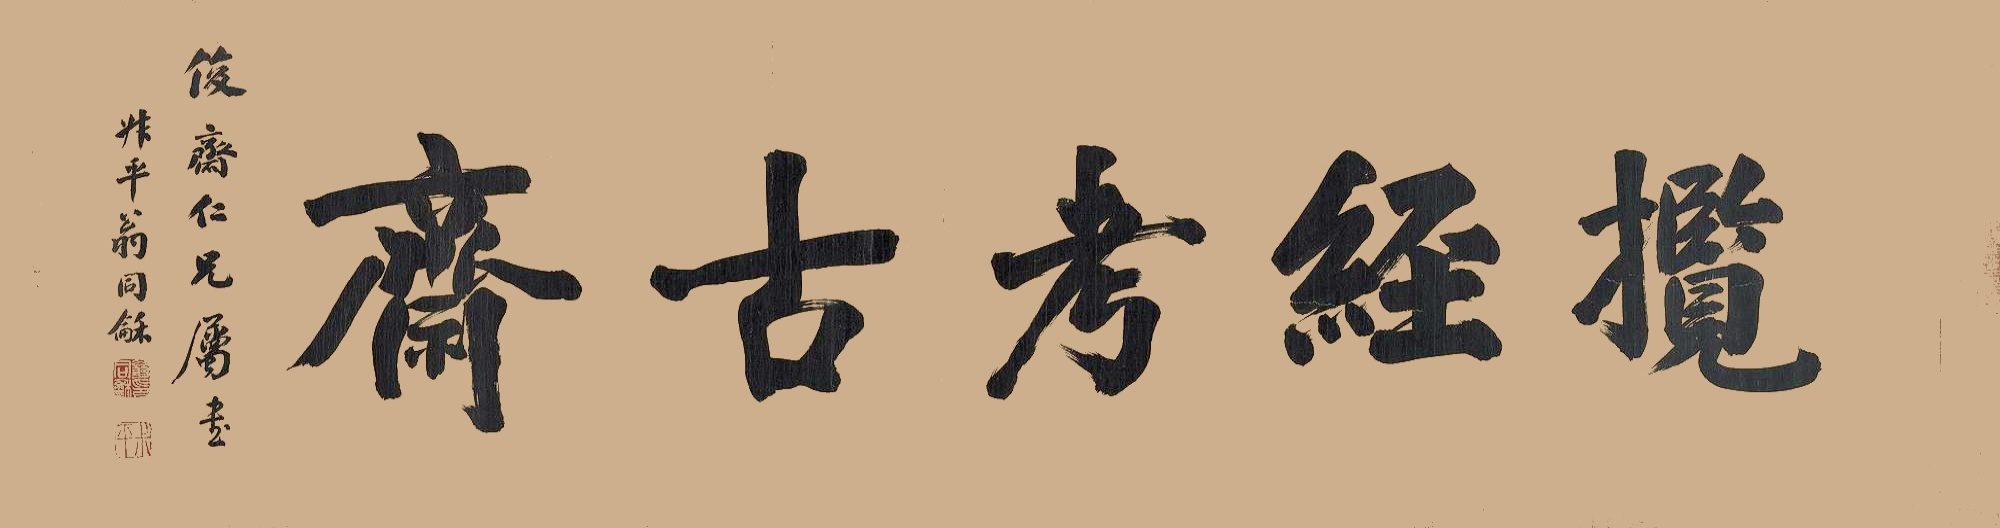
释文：揽经考古斋俊斋仁兄属书，叔平翁同和。